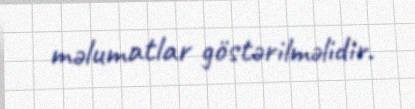
məlumatlar göstərilməlidir.